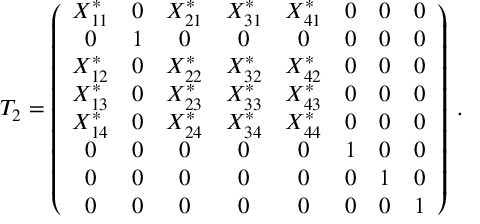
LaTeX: T _ { 2 } = \left( \begin{array} { c c c c c c c c } { { X _ { 1 1 } ^ { * } } } & { { 0 } } & { { X _ { 2 1 } ^ { * } } } & { { X _ { 3 1 } ^ { * } } } & { { X _ { 4 1 } ^ { * } } } & { { 0 } } & { { 0 } } & { { 0 } } \\ { { 0 } } & { { 1 } } & { { 0 } } & { { 0 } } & { { 0 } } & { { 0 } } & { { 0 } } & { { 0 } } \\ { { X _ { 1 2 } ^ { * } } } & { { 0 } } & { { X _ { 2 2 } ^ { * } } } & { { X _ { 3 2 } ^ { * } } } & { { X _ { 4 2 } ^ { * } } } & { { 0 } } & { { 0 } } & { { 0 } } \\ { { X _ { 1 3 } ^ { * } } } & { { 0 } } & { { X _ { 2 3 } ^ { * } } } & { { X _ { 3 3 } ^ { * } } } & { { X _ { 4 3 } ^ { * } } } & { { 0 } } & { { 0 } } & { { 0 } } \\ { { X _ { 1 4 } ^ { * } } } & { { 0 } } & { { X _ { 2 4 } ^ { * } } } & { { X _ { 3 4 } ^ { * } } } & { { X _ { 4 4 } ^ { * } } } & { { 0 } } & { { 0 } } & { { 0 } } \\ { { 0 } } & { { 0 } } & { { 0 } } & { { 0 } } & { { 0 } } & { { 1 } } & { { 0 } } & { { 0 } } \\ { { 0 } } & { { 0 } } & { { 0 } } & { { 0 } } & { { 0 } } & { { 0 } } & { { 1 } } & { { 0 } } \\ { { 0 } } & { { 0 } } & { { 0 } } & { { 0 } } & { { 0 } } & { { 0 } } & { { 0 } } & { { 1 } } \end{array} \right) \; .